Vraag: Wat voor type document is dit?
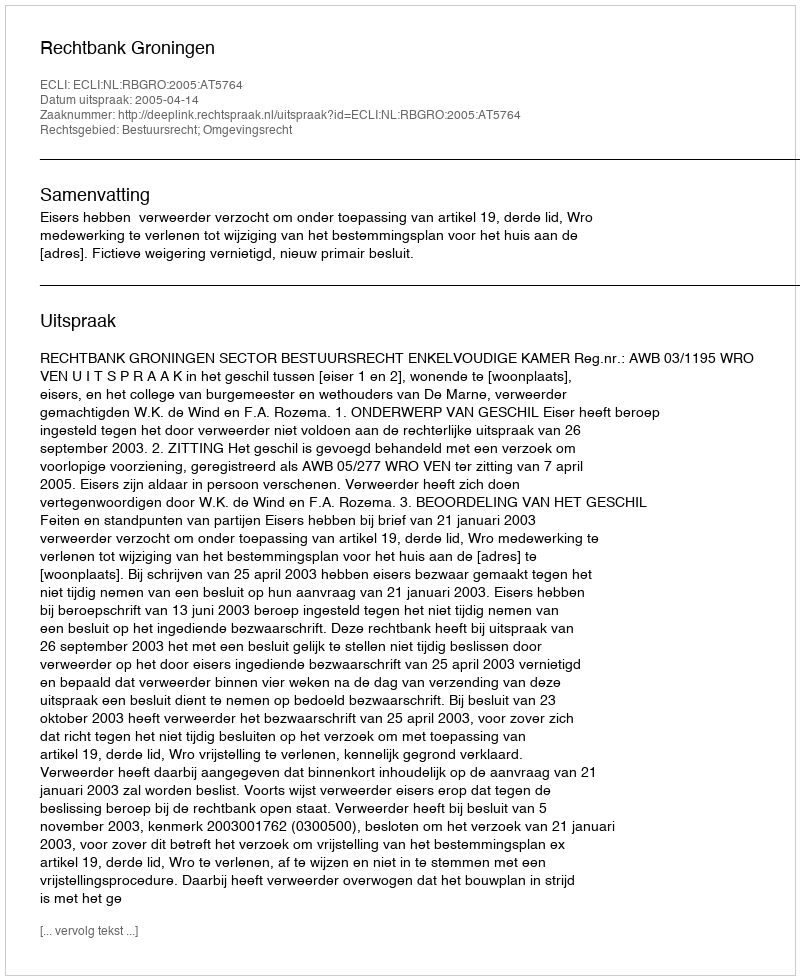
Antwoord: Uitspraak